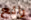
رائع